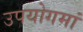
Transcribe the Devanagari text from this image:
उपयोगमां